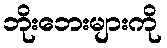
ဘိုးဘေးများကို